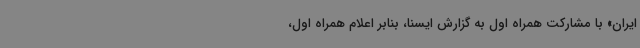
ایران» با مشارکت همراه اول به گزارش ایسنا، بنابر اعلام همراه اول،